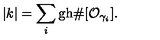
| k | = \sum _ { i } \mathrm { g h } \# [ { \cal O } _ { \gamma _ { i } } ] .